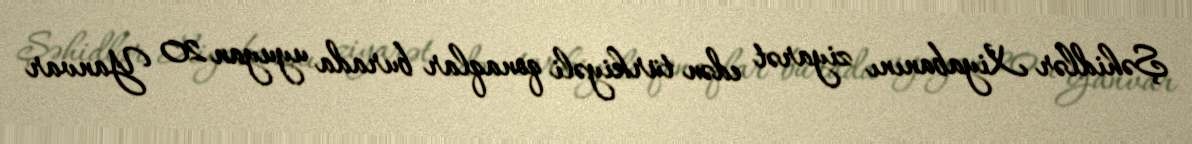
Şəhidlər Xiyabanını ziyarət edən türkiyəli qonaqlar burada uyuyan 20 Yanvar